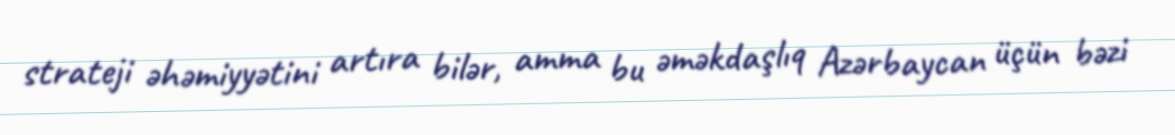
strateji əhəmiyyətini artıra bilər, amma bu əməkdaşlıq Azərbaycan üçün bəzi